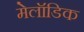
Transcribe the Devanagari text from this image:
मेलॉडिक